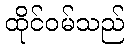
ထိုင်ဝမ်သည်